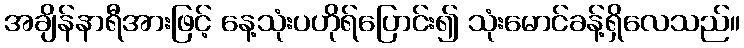
အချိန်နာရီအားဖြင့် နေ့သုံးပဟိုရ်ပြောင်း၍ သုံးမောင်ခန့်ရှိလေသည်။